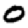
Digit: 0